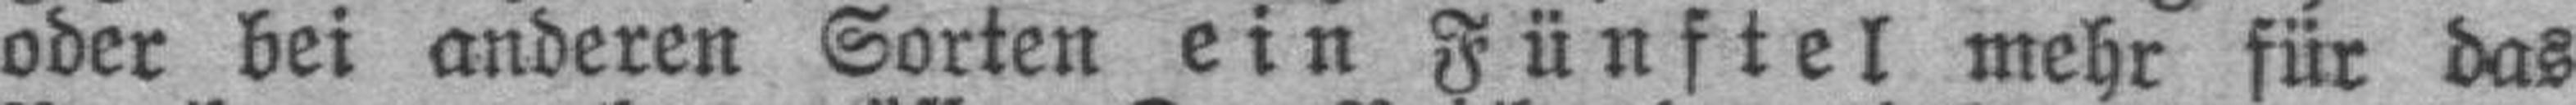
oder bei anderen Sorten ein Fünftel mehr für das